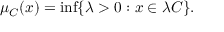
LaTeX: \mu _ { C } ( x ) = \operatorname* { i n f } \{ \lambda > 0 : x \in \lambda C \} .